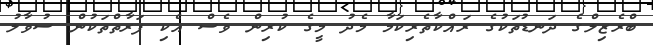
ބްރެޒިލްގެ ދަނޑުތަކުގެ ރައްކާތެރިކަމާ މެދު މީގެ ކުރިން ވެސް އެކި ފަރާތްތަކުން ސުވާލު